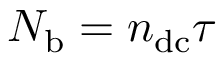
N _ { \mathrm { b } } = n _ { \mathrm { d c } } \tau